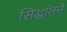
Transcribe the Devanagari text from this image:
सिद्धांतने